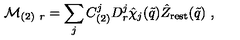
{ \cal M } _ { ( 2 ) \ r } = \sum _ { j } C _ { ( 2 ) } ^ { j } D _ { r } ^ { j } \hat { \chi } _ { j } ( \tilde { q } ) \hat { Z } _ { \mathrm { r e s t } } ( \tilde { q } ) \ ,